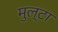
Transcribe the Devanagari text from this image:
मुल्टा